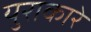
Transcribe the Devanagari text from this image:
युराकारे